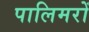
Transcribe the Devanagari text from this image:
पालिमरों